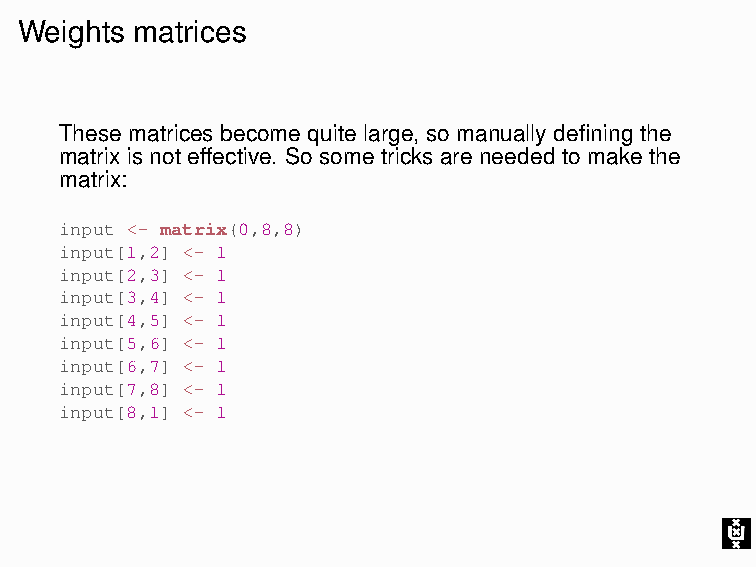
Weights matrices
 These matrices become quite large, so manually defining the
 matrix is not effective. So some tricks are needed to make the
 matrix:
 input <- matrix(0,8,8)
 input[1,2] <- 1
 input[2,3] <- 1
 input[3,4] <- 1
 input[4,5] <- 1
 input[5,6] <- 1
 input[6,7] <- 1
 input[7,8] <- 1
 input[8,1] <- 1